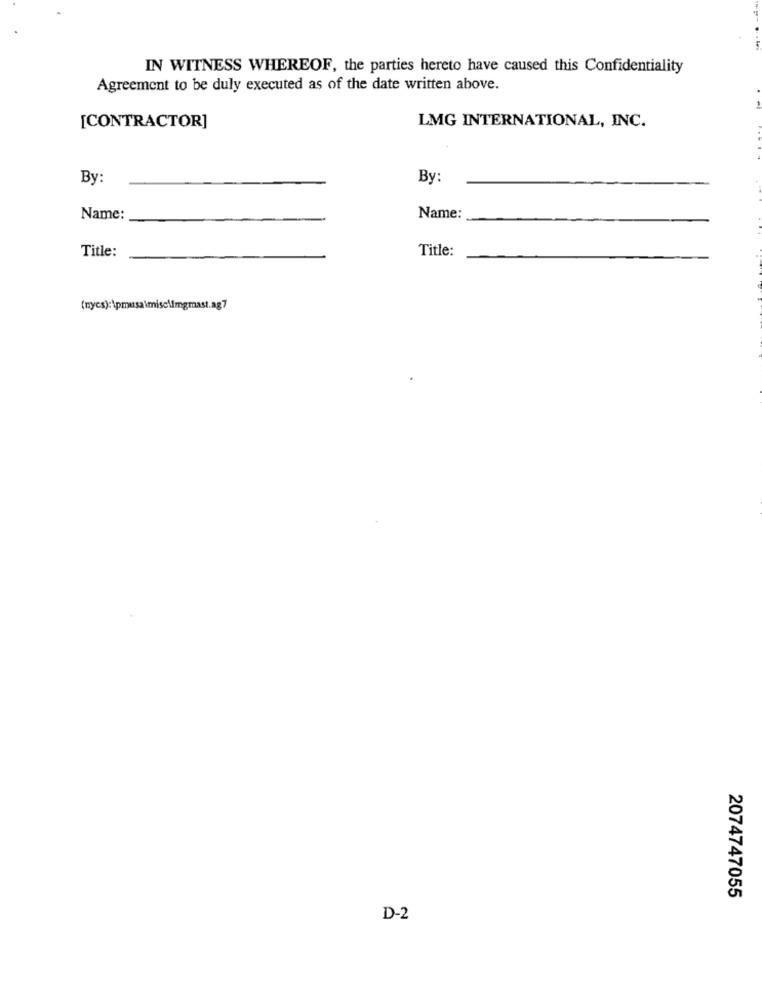
IN WITNESS WHEREOF, the parties hereto have caused this Confidentiality
Agreement to be duly executed as of the date written above.
[CONTRACTOR]
LMG INTERNATIONAL, INC.
By:
By:
Name:
Name:
Title:
Title:
(nycs):\pmusa\misc\imgmast.ag7
2074747055
D-2